38_143685_box7_Incident_Summaries_1-100
Agency: Department of War
Page 92
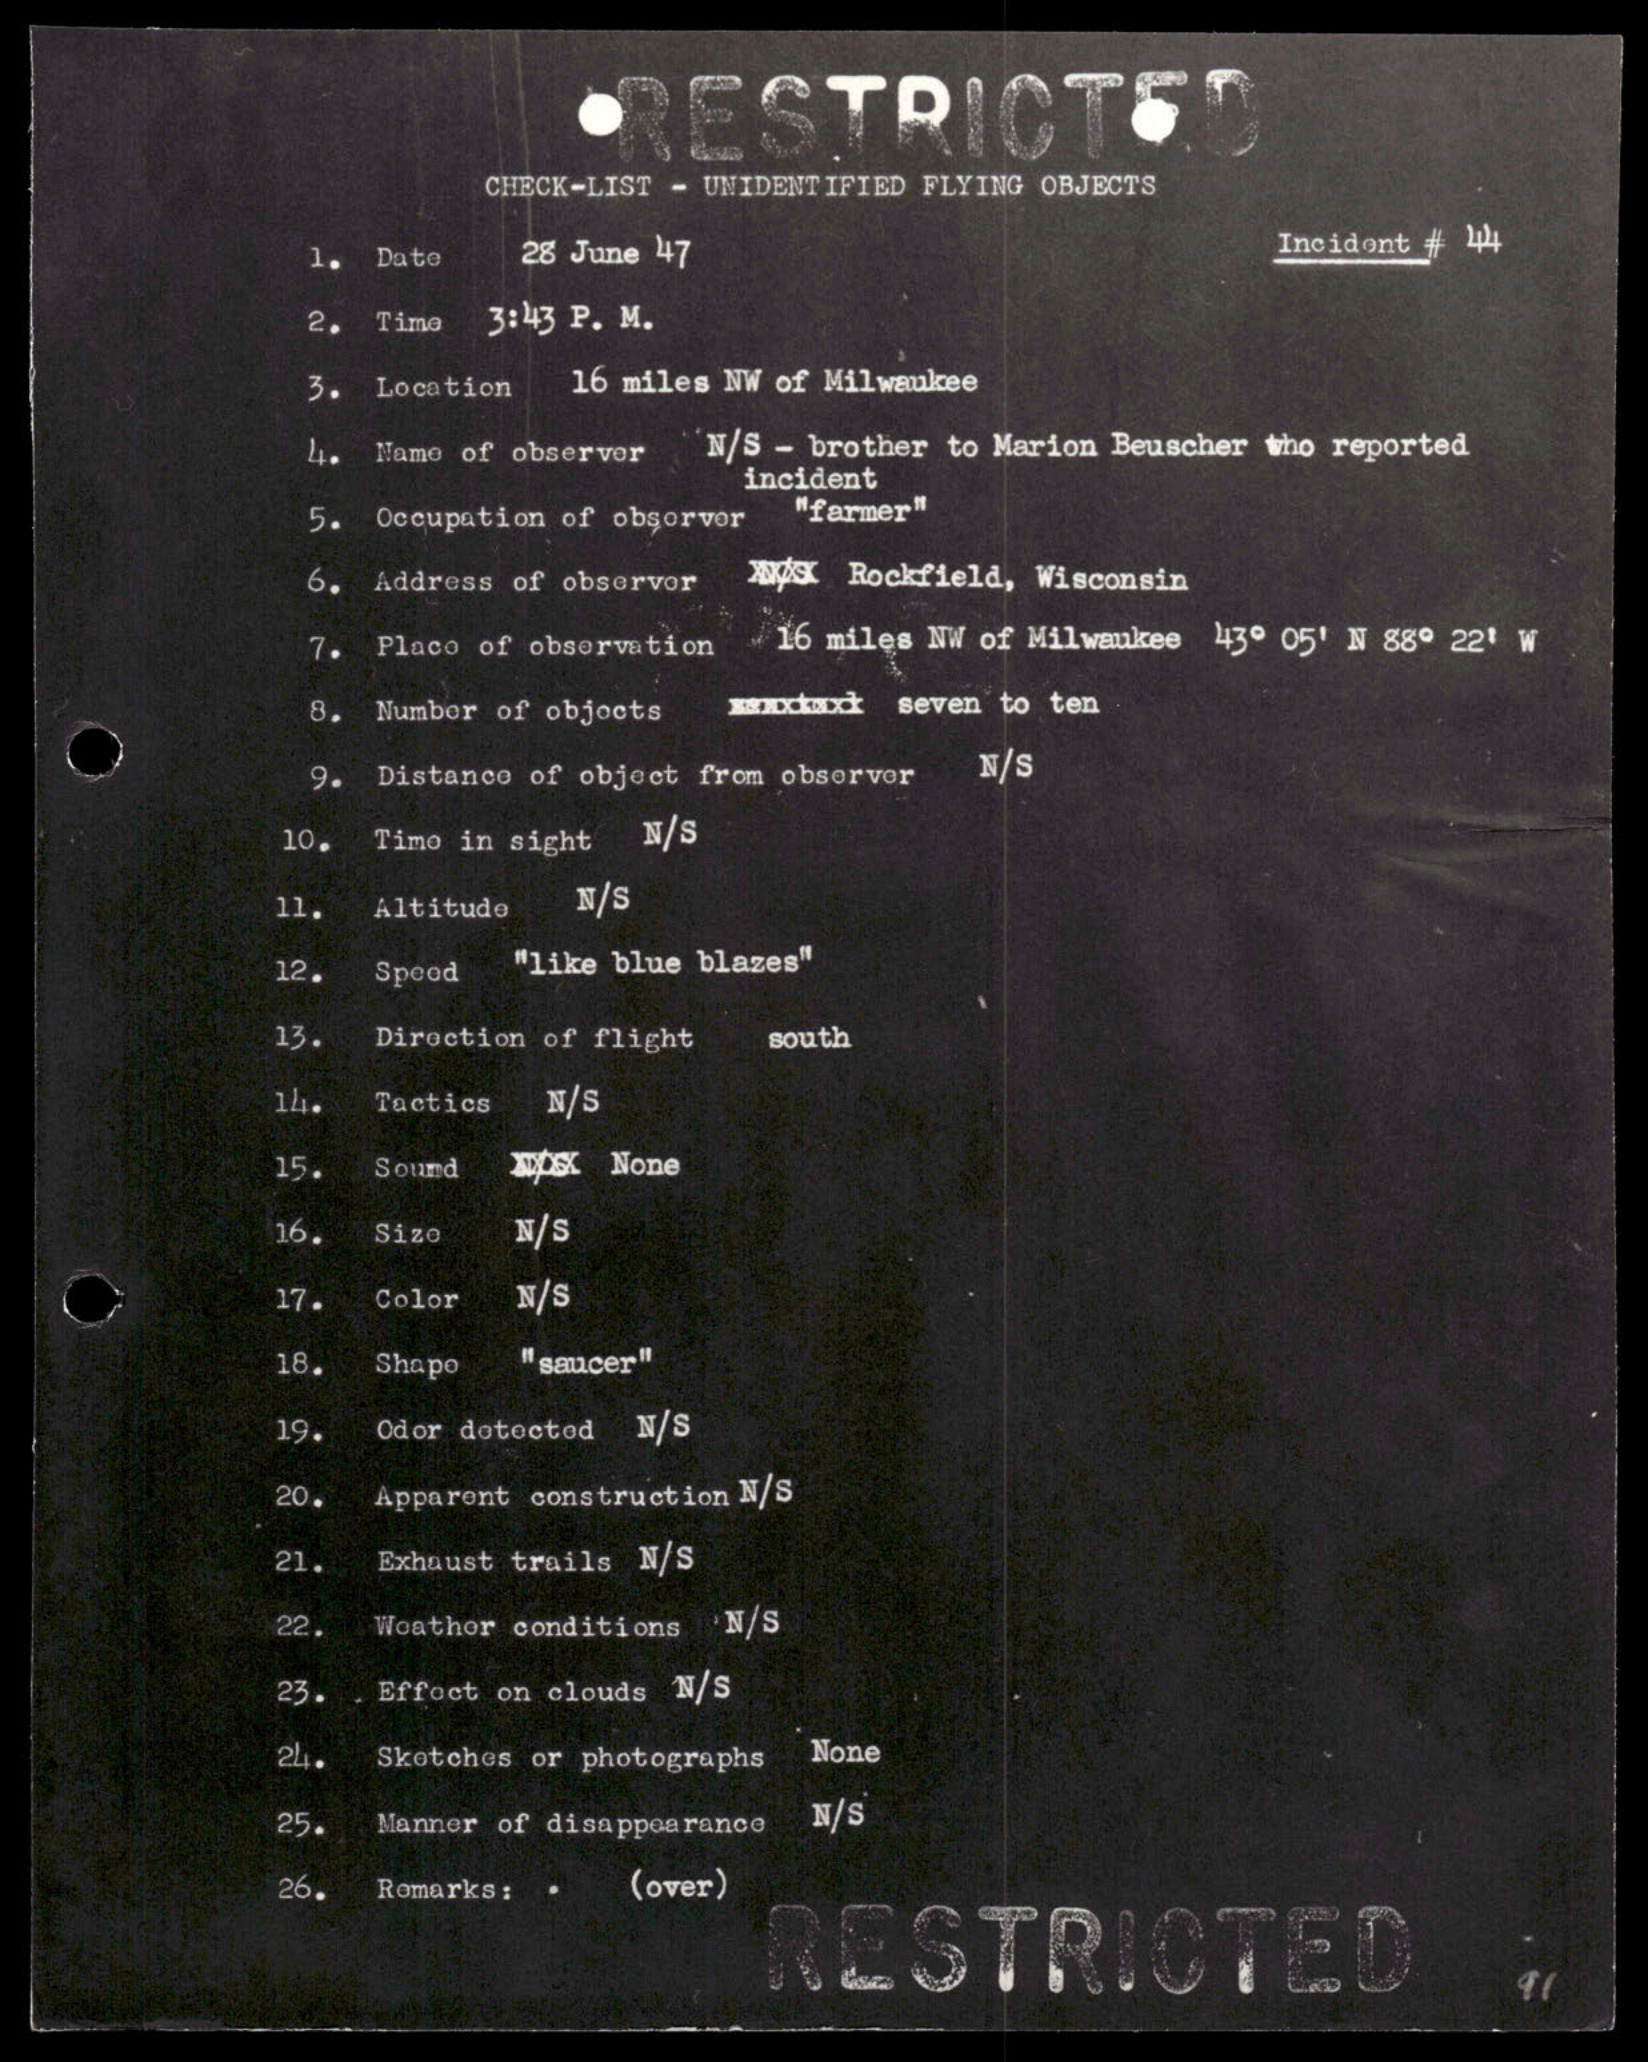